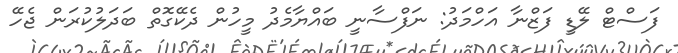
ފަސްޓް ލޭޑީ ފަޒްނާ އަހްމަދު: ނަފްސާނީ ބައްޔާމެދު މީހުން ދެކޭގޮތް ބަދަލުކުރަން ޖެހޭ